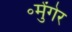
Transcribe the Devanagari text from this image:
॰मुेंगेर